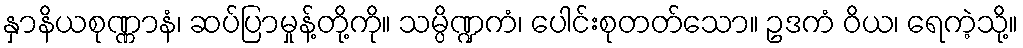
နှာနိယစုဏ္ဏာနံ၊ ဆပ်ပြာမှုန့်တို့ကို။ သမ္ပိဏ္ဍကံ၊ ပေါင်းစုတတ်သော။ ဥဒကံ ဝိယ၊ ရေကဲ့သို့။